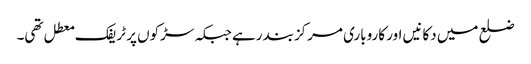
ضلع میں دکانیں اور کاروباری مرکزبند رہے جبکہ سڑکوں پر ٹریفک معطل تھی۔